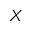
X